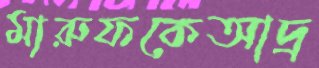
মারুফকেআদ্র